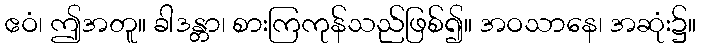
ဧဝံ၊ ဤအတူ။ ခါဒန္တာ၊ စားကြကုန်သည်ဖြစ်၍။ အဝသာနေ၊ အဆုံး၌။